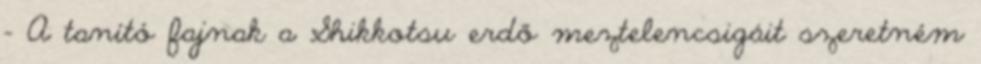
- A tanító fajnak a Shikkotsu erdő meztelencsigáit szeretném